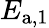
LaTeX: E_{\mathrm{a,1}}